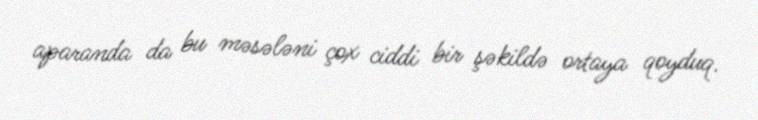
aparanda da bu məsələni çox ciddi bir şəkildə ortaya qoyduq.